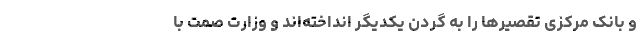
و بانک مرکزی تقصیرها را به گردن یکدیگر انداخته‌اند و وزارت صمت با